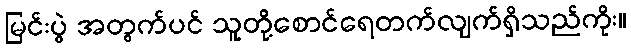
မြင်းပွဲ အတွက်ပင် သူတို့စောင်ရေတက်လျက်ရှိသည်ကိုး။